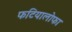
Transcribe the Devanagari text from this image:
फटियालोफा